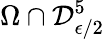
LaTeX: \Omega\cap\mathcal{D}_{\epsilon/2}^{5}